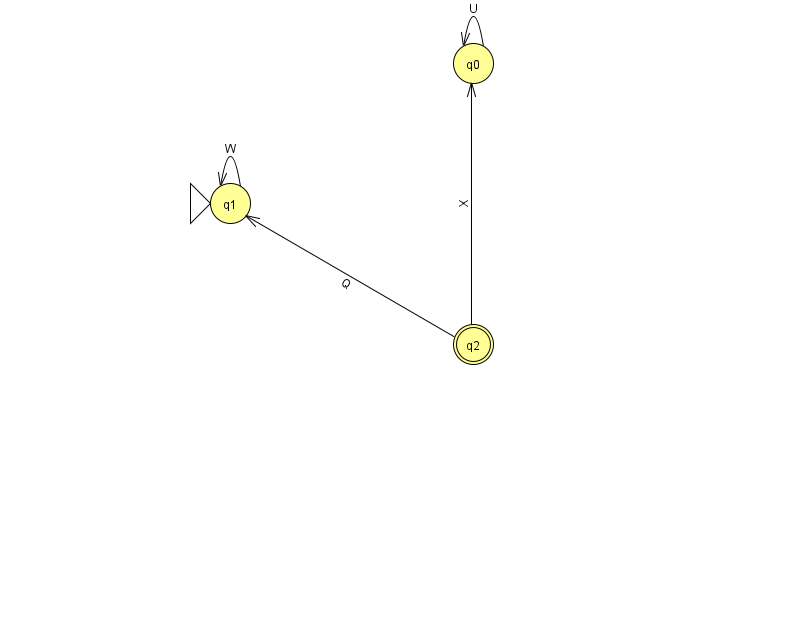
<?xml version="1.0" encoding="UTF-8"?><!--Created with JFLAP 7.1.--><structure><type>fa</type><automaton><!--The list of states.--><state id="0" name="q0"><x>473.0</x><y>50.0</y></state><state id="1" name="q1"><x>230.0</x><y>190.0</y><initial/></state><state id="2" name="q2"><x>473.0</x><y>331.0</y><final/></state><!--The list of transitions.--><transition><from>2</from><to>0</to><read>X</read></transition><transition><from>0</from><to>0</to><read>U</read></transition><transition><from>1</from><to>1</to><read>W</read></transition><transition><from>2</from><to>1</to><read>Q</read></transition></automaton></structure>